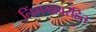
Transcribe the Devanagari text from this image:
लिंगभावरहित